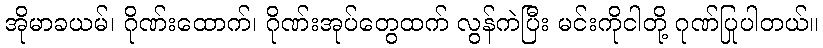
အိုမာခယမ်၊ ဂိုဏ်းထောက်၊ ဂိုဏ်းအုပ်တွေထက် လွန်ကဲပြီး မင်းကိုငါတို့ ဂုဏ်ပြုပါတယ်။